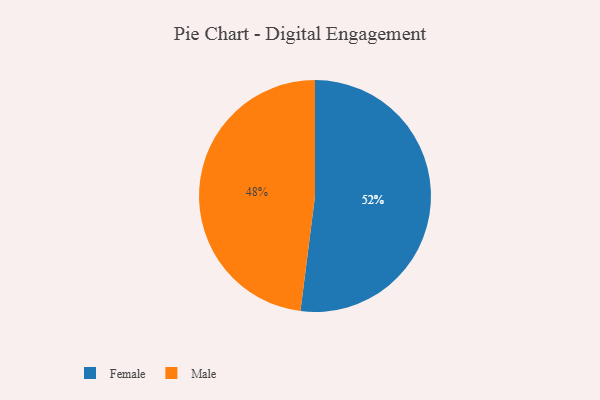
{"axis": {"x": "Category", "y": "Percentage"}, "legend": ["Female", "Male"], "data": [{"x": "Female", "y": 52, "type": "Female"}, {"x": "Male", "y": 48, "type": "Male"}]}